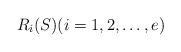
LaTeX: \begin{align*}R_i(S)(i=1,2,\ldots,e)\end{align*}